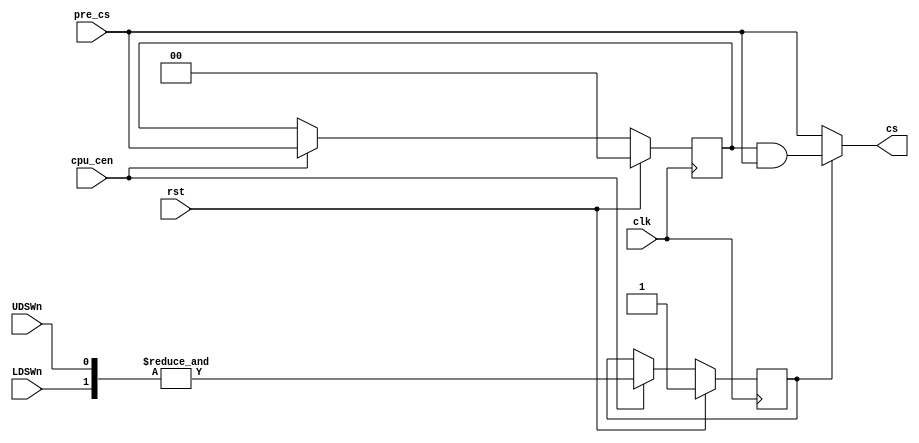
// This program was cloned from: https://github.com/atrac17/Toaplan2
// License: GNU General Public License v3.0

/*  This file is part of JTFRAME.
    JTFRAME program is free software: you can redistribute it and/or modify
    it under the terms of the GNU General Public License as published by
    the Free Software Foundation, either version 3 of the License, or
    (at your option) any later version.

    JTFRAME program is distributed in the hope that it will be useful,
    but WITHOUT ANY WARRANTY; without even the implied warranty of
    MERCHANTABILITY or FITNESS FOR A PARTICULAR PURPOSE.  See the
    GNU General Public License for more details.

    You should have received a copy of the GNU General Public License
    along with JTFRAME.  If not, see <http://www.gnu.org/licenses/>.

    Author: Jose Tejada Gomez. Twitter: @topapate
    Version: 1.0
    Date: 14-3-2021 */

module jtframe_68kramcs #(parameter W=2)(
    input          rst,
    input          clk,
    input          cpu_cen,

    input          UDSWn,
    input          LDSWn,

    input  [W-1:0] pre_cs,
    output [W-1:0] cs
);

reg         dsn_dly;
reg [W-1:0] cs_latch;

// ram_cs and vram_cs signals go down before DSWn signals
// that causes a false read request to the SDRAM. In order
// to avoid that a little bit of logic is needed:
assign cs  = dsn_dly ? (cs_latch&pre_cs)  : pre_cs;

always @(posedge clk) begin
    if( rst ) begin
        cs_latch <= 0;
        dsn_dly  <= 1;
    end else if(cpu_cen) begin
        cs_latch <= pre_cs;
        dsn_dly  <= &{UDSWn,LDSWn}; // low if any DSWn was low
    end
end

endmodule